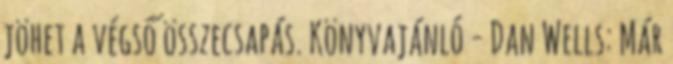
jöhet a végső összecsapás. Könyvajánló - Dan Wells: Már